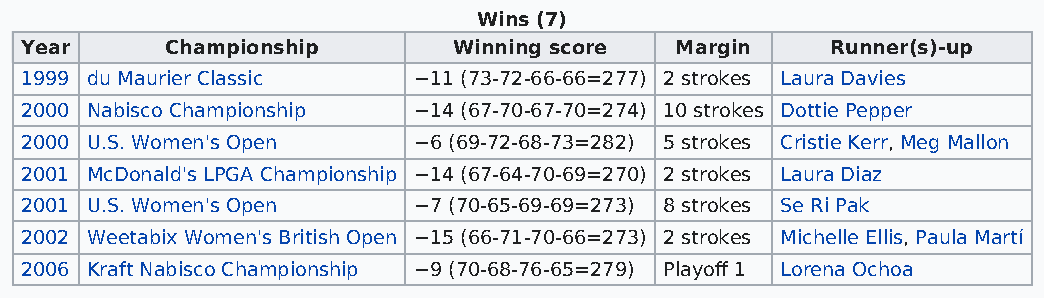
Wins (7)
 Year      Championship       Winning score  Margin    Runner(s)-up
 1999 du Maurier Classic   −11 (73-72-66-66=277) 2 strokes Laura Davies
 2000 Nabisco Championship −14 (67-70-67-70=274) 10 strokes Dottie Pepper
 2000 U.S. Women's Open    −6 (69-72-68-73=282) 5 strokes Cristie Kerr, Meg Mallon
 2001 McDonald's LPGA Championship −14 (67-64-70-69=270) 2 strokes Laura Diaz
 2001 U.S. Women's Open    −7 (70-65-69-69=273) 8 strokes Se Ri Pak
 2002 Weetabix Women's British Open −15 (66-71-70-66=273) 2 strokes Michelle Ellis, Paula Martí
 2006 Kraft Nabisco Championship −9 (70-68-76-65=279) Playoff 1 Lorena Ochoa